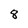
Character: 8